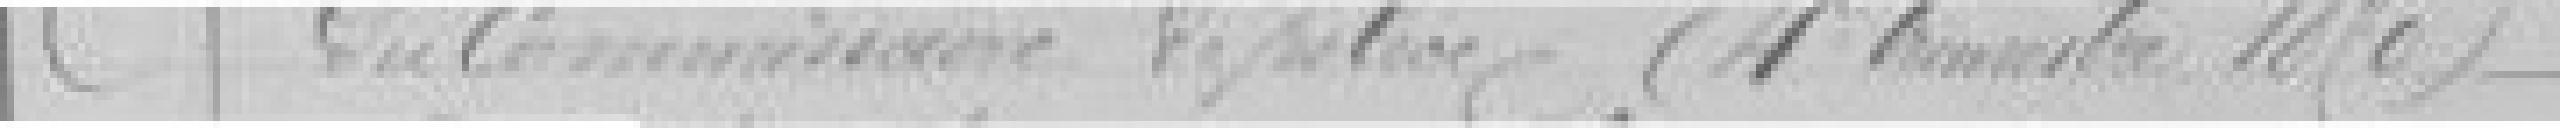
du Commissaire DEPEL?? (4ème trimestre 1876)